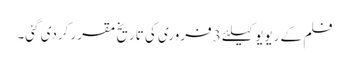
فلم کے ریویو کیلئے 3 فروری کی تاریخ مقرر کردی گئی۔